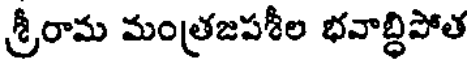
శ్రీరామ మంత్రజపశీల భవాబ్ధిపోత